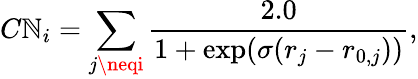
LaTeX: C\mathbb{N}_{i}=\sum_{j\neqi}\frac{{2.0}}{{1+\exp(\sigma(r_{j}-r_{0,j}))}},